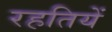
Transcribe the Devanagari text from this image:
रहतियें